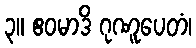
၃။ ဧဝမာဒိ ဂုဏူပေတံ၊